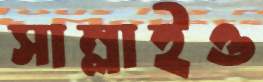
সাম্‌লাইও